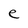
Character: e